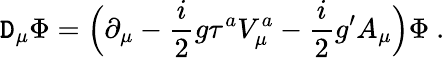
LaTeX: \mathtt{D}_{\mu}\Phi=\Bigl(\partial_{\mu}-\frac{{i}}{{2}}g\tau^{a}V_{\mu}^{a}-\frac{{i}}{{2}}g^{\prime}A_{\mu}\Bigr)\Phi\ .